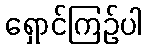
ရှောင်ကြဉ်ပါ